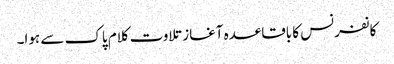
کانفرنس کا باقاعدہ آغاز تلاوت کلام پاک سے ہوا۔